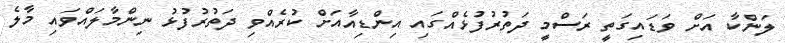
ލަންކާ އަށް ވަޑައިގަތީ ރަސްމީ ދަތުރުފުޅެއްގައި އިންޑިއާއަށް ކުރެއްވި ދަތުރުފުޅު ނިންމާލައްވައި މާލެ